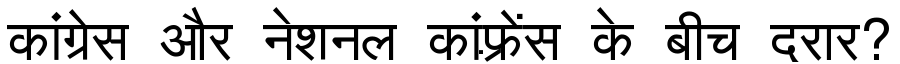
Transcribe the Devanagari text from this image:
कांग्रेस और नेशनल कांफ़्रेंस के बीच दरार?